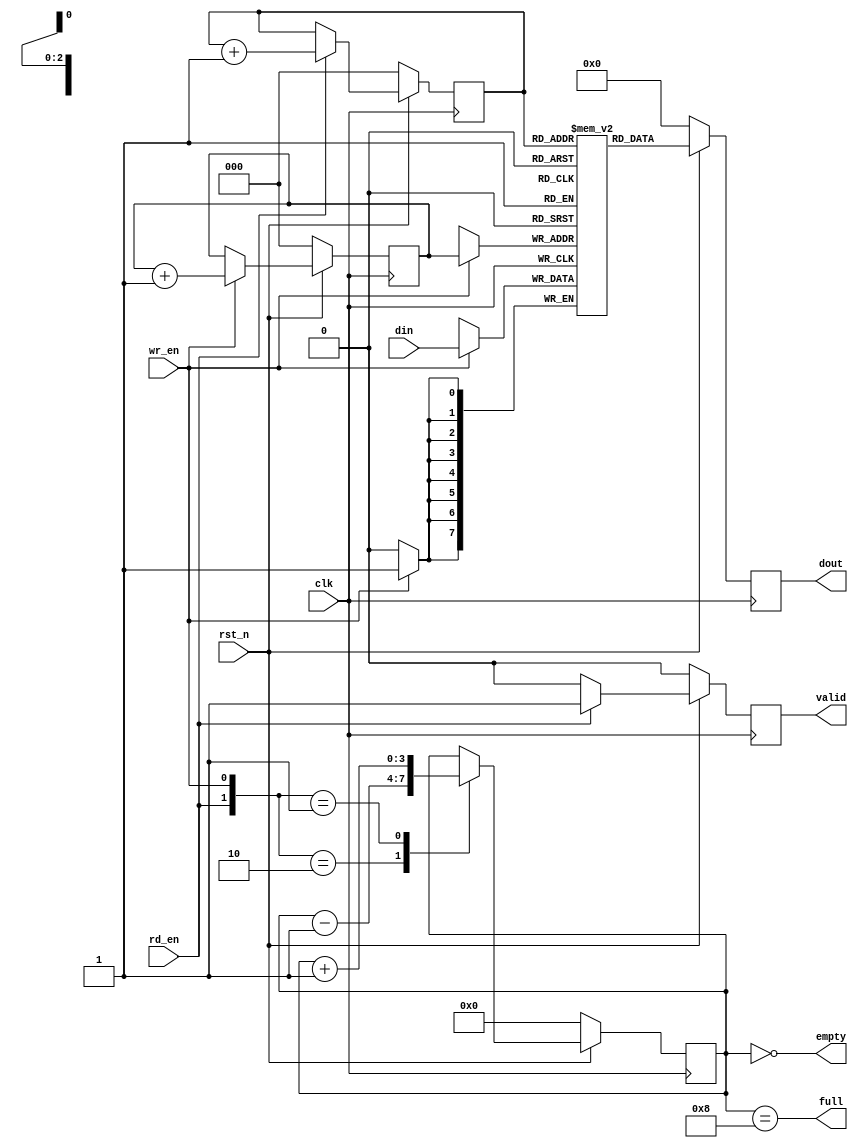
module fifo_11
   #(
      parameter DATA_WIDTH = 8,
      parameter LOG2_DEPTH = 3 
   )   
   (
      input clk,
      input rst_n,
      input [DATA_WIDTH-1:0]  din,
      input wr_en,
      input rd_en,
      output reg [DATA_WIDTH-1:0] dout,
      output full,
      output empty,
      output reg valid
   );
    parameter MAX_COUNT = 2**LOG2_DEPTH;
    reg   [LOG2_DEPTH-1 : 0]   rd_ptr;
    reg   [LOG2_DEPTH-1 : 0]   wr_ptr;
    reg   [DATA_WIDTH-1 : 0]   mem[MAX_COUNT-1 : 0];   
    reg   [LOG2_DEPTH : 0]     depth_cnt;
    always @(posedge clk) begin
        if(~rst_n) begin
            wr_ptr <= 'h0;
            rd_ptr <= 'h0;
        end 
        else begin
            if(wr_en)
                wr_ptr <= wr_ptr+1;            
            if(rd_en)
                rd_ptr <= rd_ptr+1;
        end 
    end
    assign empty= (depth_cnt=='h0);
    assign full = (depth_cnt==MAX_COUNT);
    always @(posedge clk) begin
        if (wr_en)
            mem[wr_ptr] <= din;
    end 
    always @(posedge clk) begin
        if (~rst_n) begin
            dout <= 'h0;
            valid <= 1'b0;
        end else begin
            if (rd_en)
                valid <= 1'b1;
            else
                valid <= 1'b0;
            dout <= mem[rd_ptr];            
        end
    end
    always @(posedge clk) begin
        if (~rst_n)
            depth_cnt <= 'h0;
        else begin
            case({rd_en,wr_en})
                2'b10    :  depth_cnt <= depth_cnt-1;
                2'b01    :  depth_cnt <= depth_cnt+1;
            endcase
        end 
    end 
endmodule